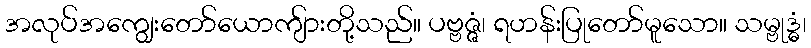
အလုပ်အကျွေးတော်ယောကျ်ားတို့သည်။ ပဗ္ဗဇ္ဇံ၊ ရဟန်းပြုတော်မူသော။ သမ္ဗုဒ္ဓံ၊